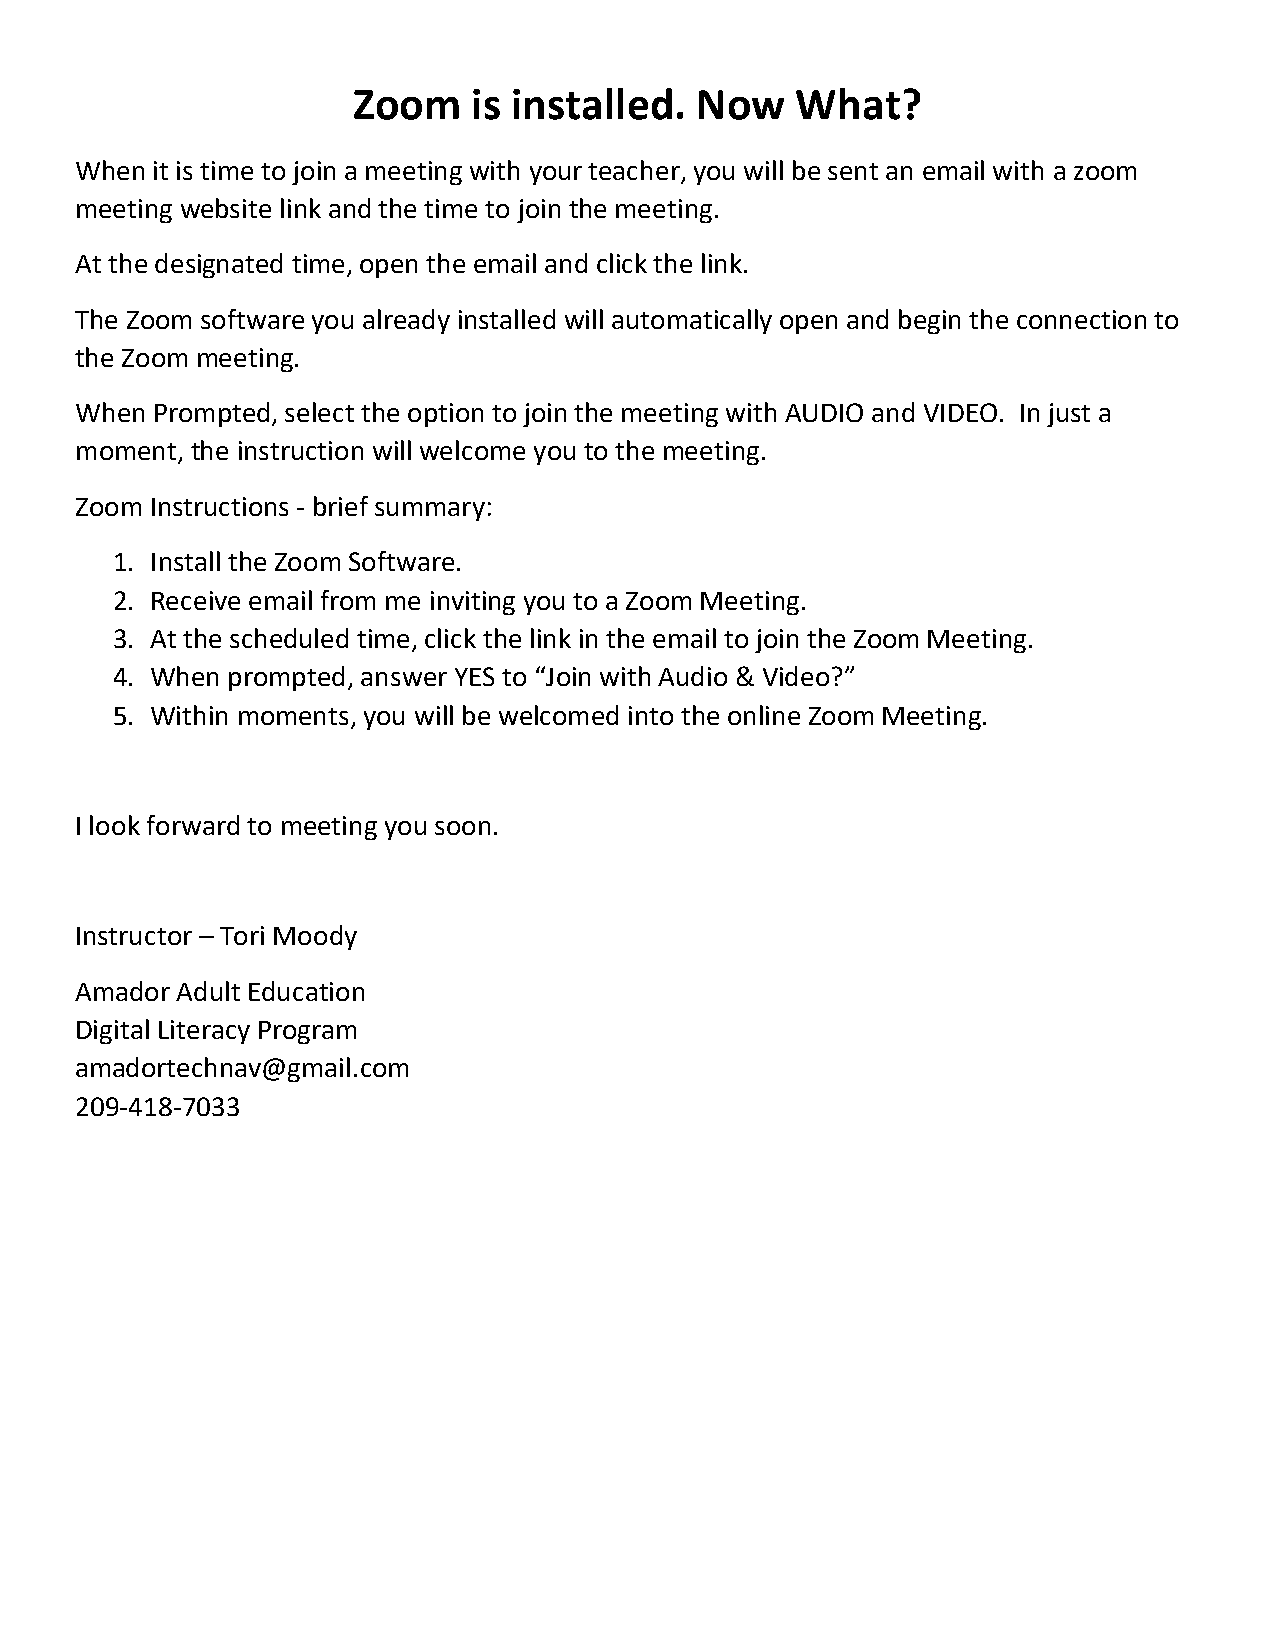
Zoom    is installed.  Now    What?
 When it is time to join a meeting with your teacher, you will be sent an email with a zoom
 meeting website link and the time to join the meeting.
 At the designated time, open the email and click the link.
 The Zoom software you already installed will automatically open and begin the connection to
 the Zoom meeting.
 When Prompted, select the option to join the meeting with AUDIO and VIDEO. In just a
 moment, the instruction will welcome you to the meeting.
 Zoom Instructions - brief summary:
 1. Install the Zoom Software.
 2. Receive email from me inviting you to a Zoom Meeting.
 3. At the scheduled time, click the link in the email to join the Zoom Meeting.
 4. When prompted, answer YES to “Join with Audio & Video?”
 5. Within moments, you will be welcomed into the online Zoom Meeting.
 I look forward to meeting you soon.
 Instructor – Tori Moody
 Amador Adult Education
 Digital Literacy Program
 amadortechnav@gmail.com
 209-418-7033